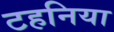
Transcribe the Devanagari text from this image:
टहनिया